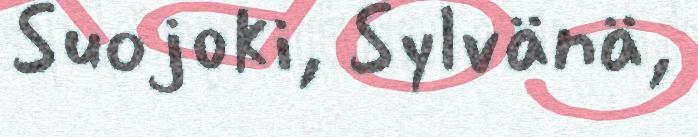
Suojoki, Sylvänä,